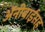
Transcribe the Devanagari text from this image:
अॅनीबाईंसह